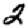
Digit: 2